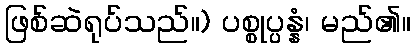
ဖြစ်ဆဲရုပ်သည်။) ပစ္စုပ္ပန္နံ၊ မည်၏။